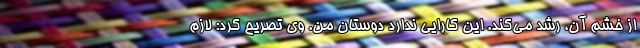
از خشم آن، رشد می‌کند. این کارایی ندارد دوستان من. وی تصریح کرد: لازم